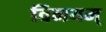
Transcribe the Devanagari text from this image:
विनयम्